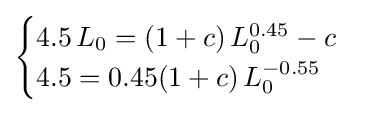
{\begin{cases}4.5\,L_{0}=(1+c)\,L_{0}^{0.45}-c\\4.5=0.45(1+c)\,L_{0}^{-0.55}\end{cases}}